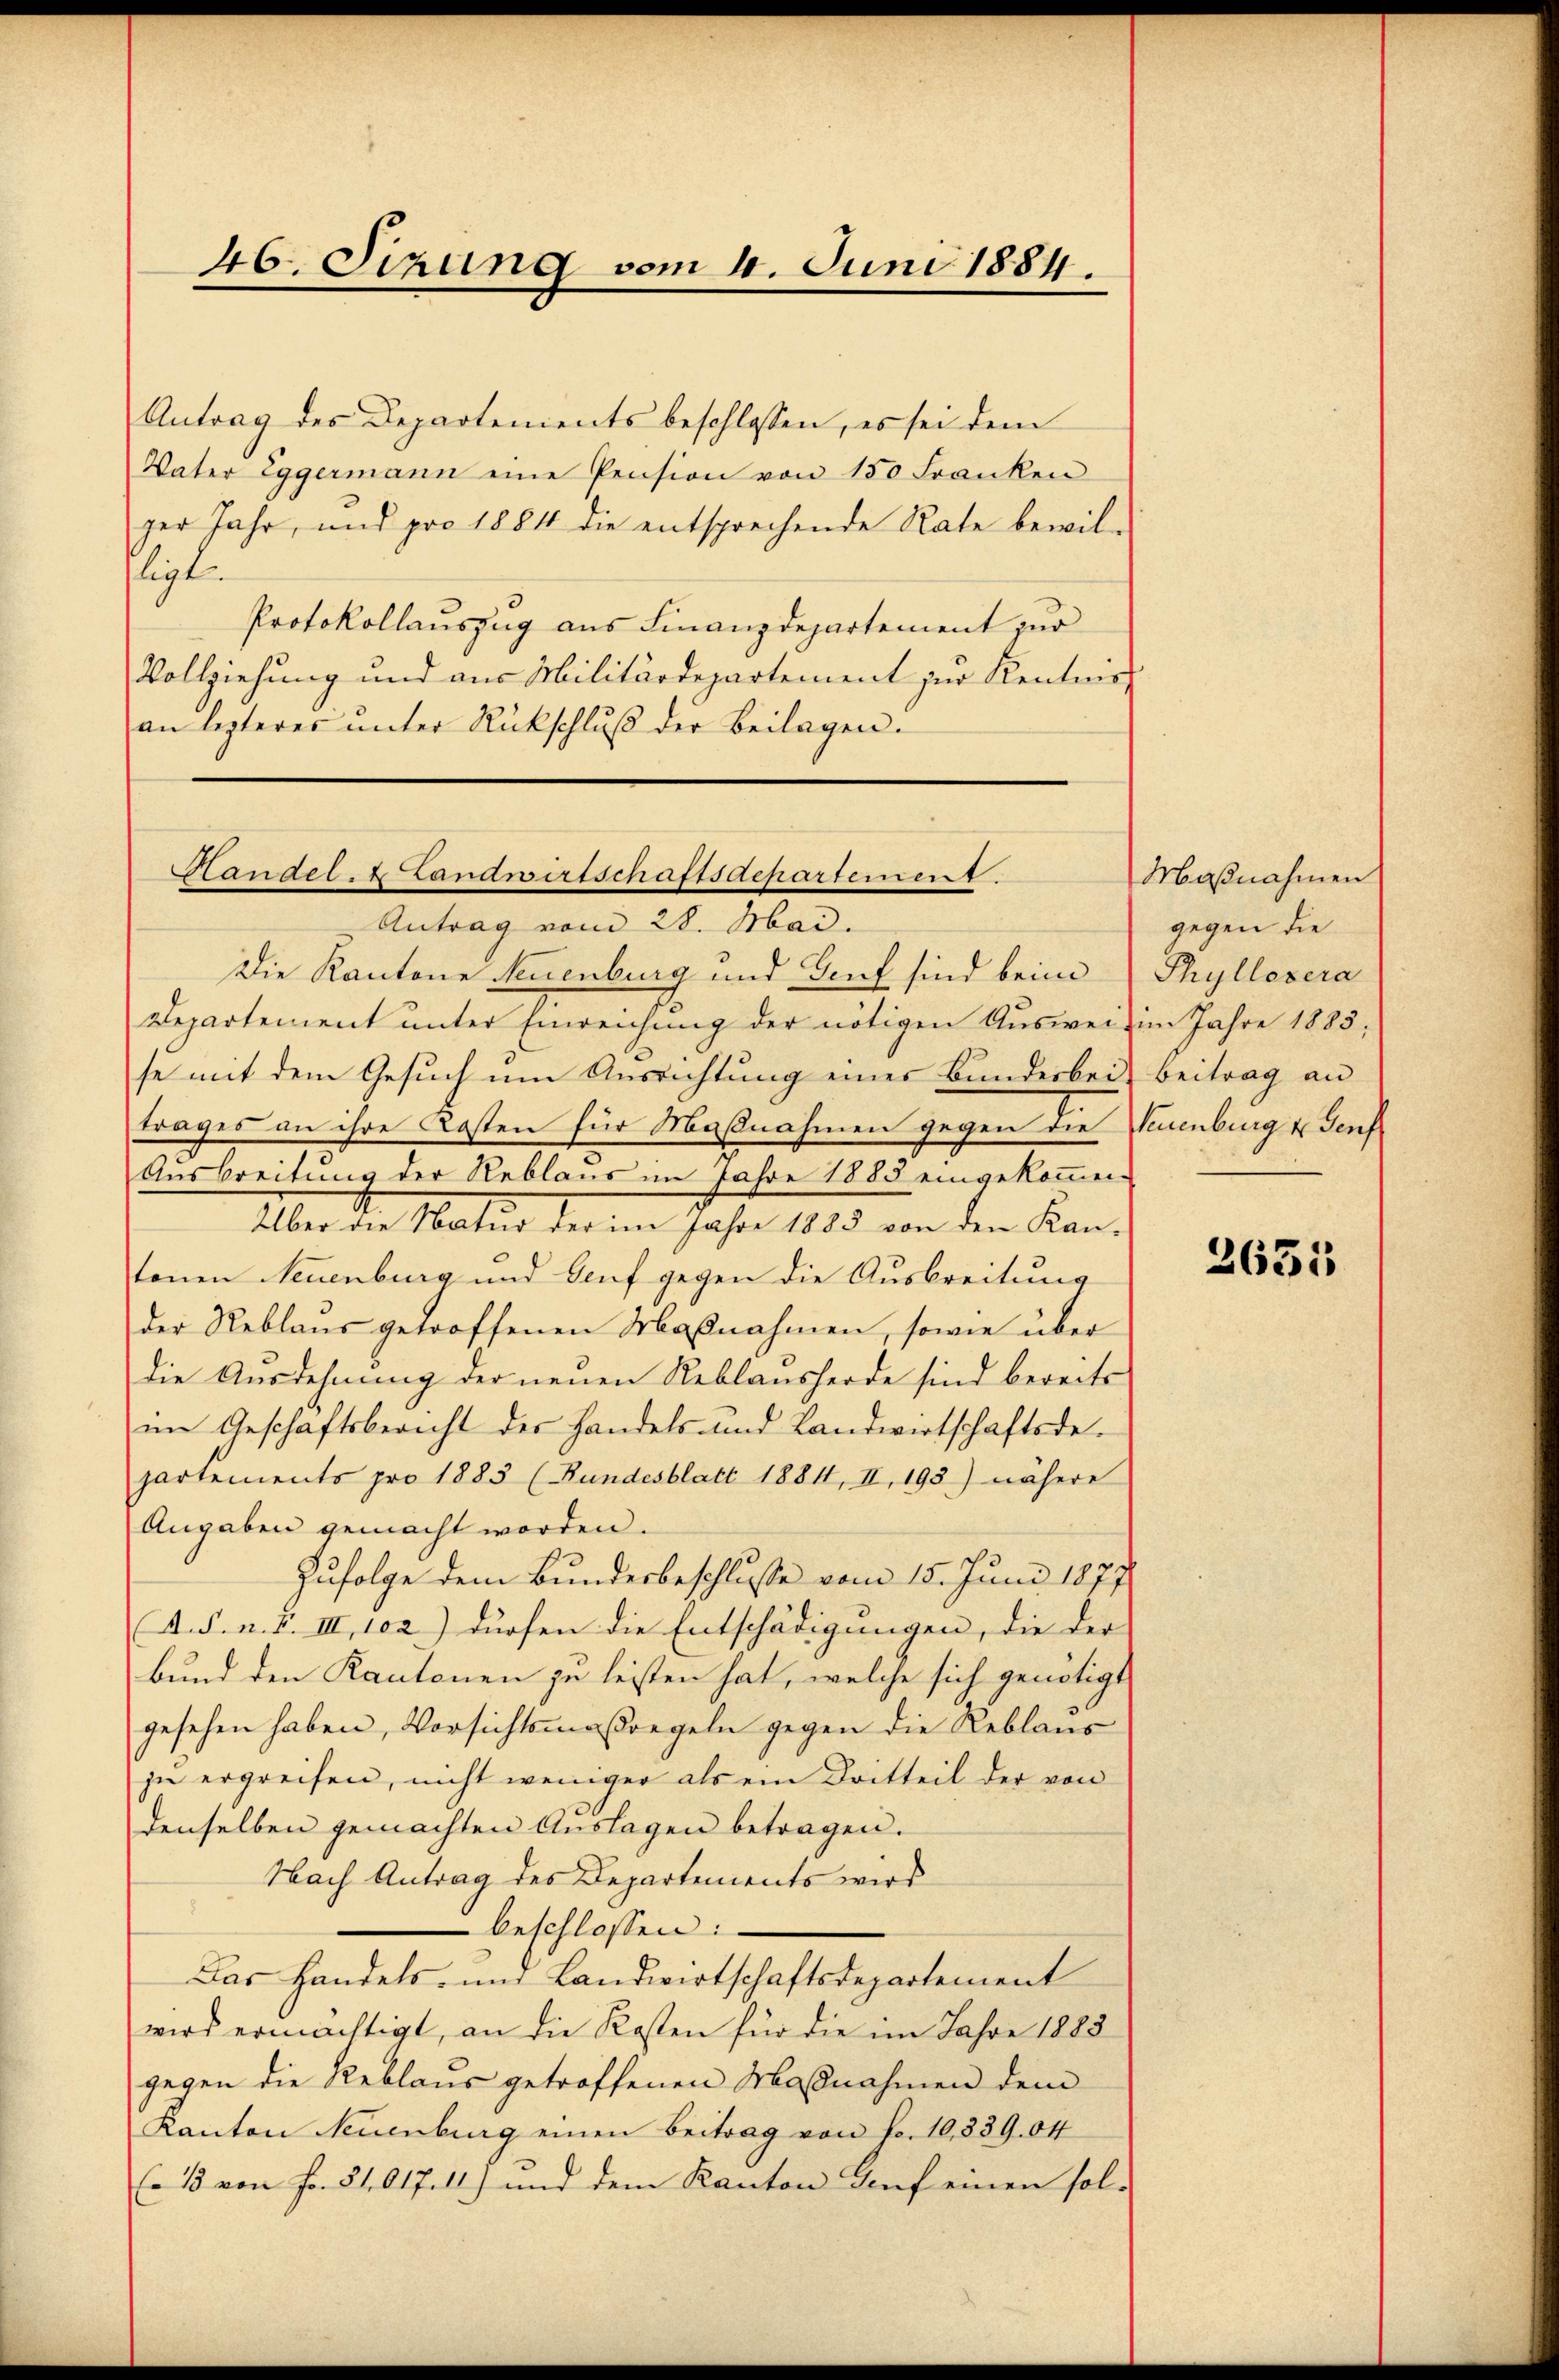
46. Sizung vom 4. Juni 1884.

Antrag des Departements beschlossen, es sei dem
Vater Eggermann eine Pension von 150 Franken
ger Jahr, und pro 1881 die entsprechende Rate bewil-
ligt.
Protokollauszug aus Finanzdepartement zur
Vollziehung und aus Militärdepartement zur Kenntnis-
an lezteres unter Rückschluß der Beilagen.

Departement unter Einreichung der nötigen Aŭsweis im Jahre 1883,
se mit dem Gesuch um Ausrichtung eines Bunderbei
trages an ihre Kosten für Maßnahmen gegen die Verenburg u. Genf
Ausbreitung der Reblaus im Jahre 1883 eingekommen
Über die Natur der im Jahre 1885 von den Kantenen Neuenburg und Genf gegen die Ausbreitung
der Reblaŭs getroffenen Maßnahmen, sowie über
Die Ausdehnung der neuen Reblausherde sind bereits
im Geschäftsbericht des Handels und Landwirtschaftsdepartements pro 1883 (Bundesblatt 1881, II. 193) nähere
Angaben gemacht worden.
Zufolge dem Bundesbeschlusse vom 15. Juni 1877
A. S. n. F. III, 102) dürfen die Entschädigungen, die der
bund den Kantonen zu leisten hat, welche sich genötigt
gesehen haben, Vorsichtsmaßregeln gegen die Reblaus
zu ergreifen, nicht weniger als ein Dritteil der von
denselben gemachten Aŭslagen betragen.
Nach Antrag des Departements wird
 beschlossen:
Das Handels- und Landwirtschaftsdepartement
wird ermächtigt, an die Kosten für die im Jahre 1883
gegen die Reblaus getroffenen Maßnahmen dem
Kanton Neuenburg einen Beitrag von Fr. 10,339. 04
(o 15 von Fr. 21017.11) und dem Kanton Dorf einen sol-

Handel- & Landwirtschaftsdepartement.
Antrag vom 28. Mai.
Die Kantone Neuenburg und Genf sind beim

Maßnahmen
gegen die
Thyllosera
Beitrag an

2631